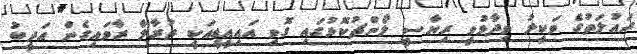
ދައުލަތުގެ ވަކީލު ވިދާޅުވީ ރިޔާސީ ލޯންޗުކޮޅުގައި ގޮވި އައިއީޑީއަކީ ދުރާލާ ރާވައިގެން އަދީބު